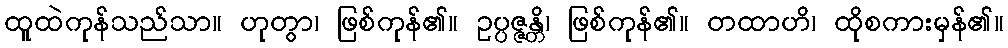
ထူထဲကုန်သည်သာ။ ဟုတွာ၊ ဖြစ်ကုန်၏။ ဥပ္ပဇ္ဇန္တိ၊ ဖြစ်ကုန်၏။ တထာဟိ၊ ထိုစကားမှန်၏။